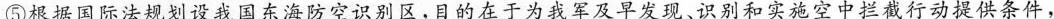
⑤根据国际法规划设我国东海防空识别区，目的在于为我军及早发现、识别和实施空中拦截行动提供条件，